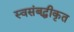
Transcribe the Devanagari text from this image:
स्वसंबद्धीकृत